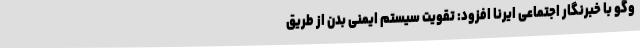
وگو با خبرنگار اجتماعی ایرنا افزود: تقویت سیستم ایمنی بدن از طریق